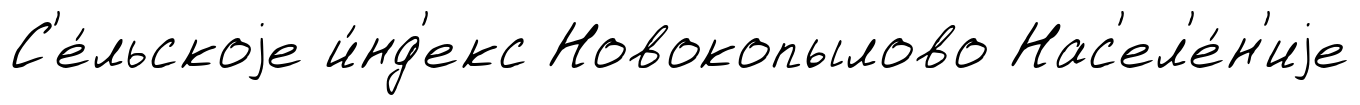
С'е́льскоjе и́нд'екс Новокопылово Нас'ел'е́н'иjе